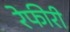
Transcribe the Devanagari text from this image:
रेफीरी